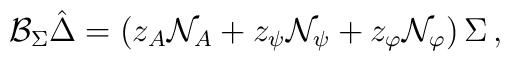
{{\cal B}_{\Sigma}} \hat{\Delta} = \left( z_A{\cal N}_A + z_\psi {\cal N}_\psi + z_\varphi {\cal N}_\varphi \right) \Sigma \,,